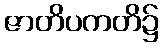
ဇာတိပကတိ၌